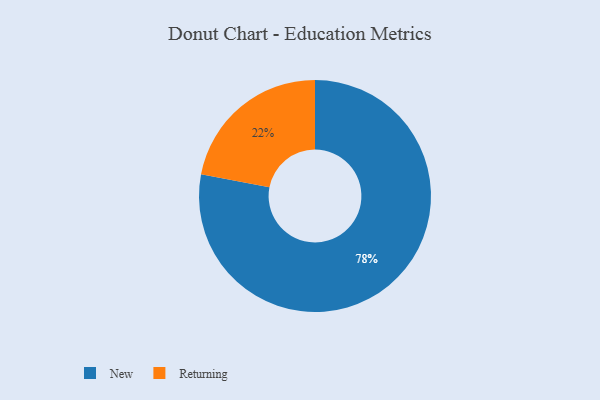
{"axis": {"x": "Category", "y": "Percentage"}, "legend": ["New", "Returning"], "data": [{"x": "Returning", "y": 22, "type": "Returning"}, {"x": "New", "y": 78, "type": "New"}]}